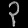
Digit: ၃